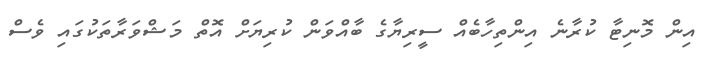
އިން މޮނިޓާ ކުރާނެ އިންތިހާބެއް ސީރިޔާގެ ބާއްވަން ކުރިޔަށް އޮތް މަޝްވަރާތަކުގައި ވެސް